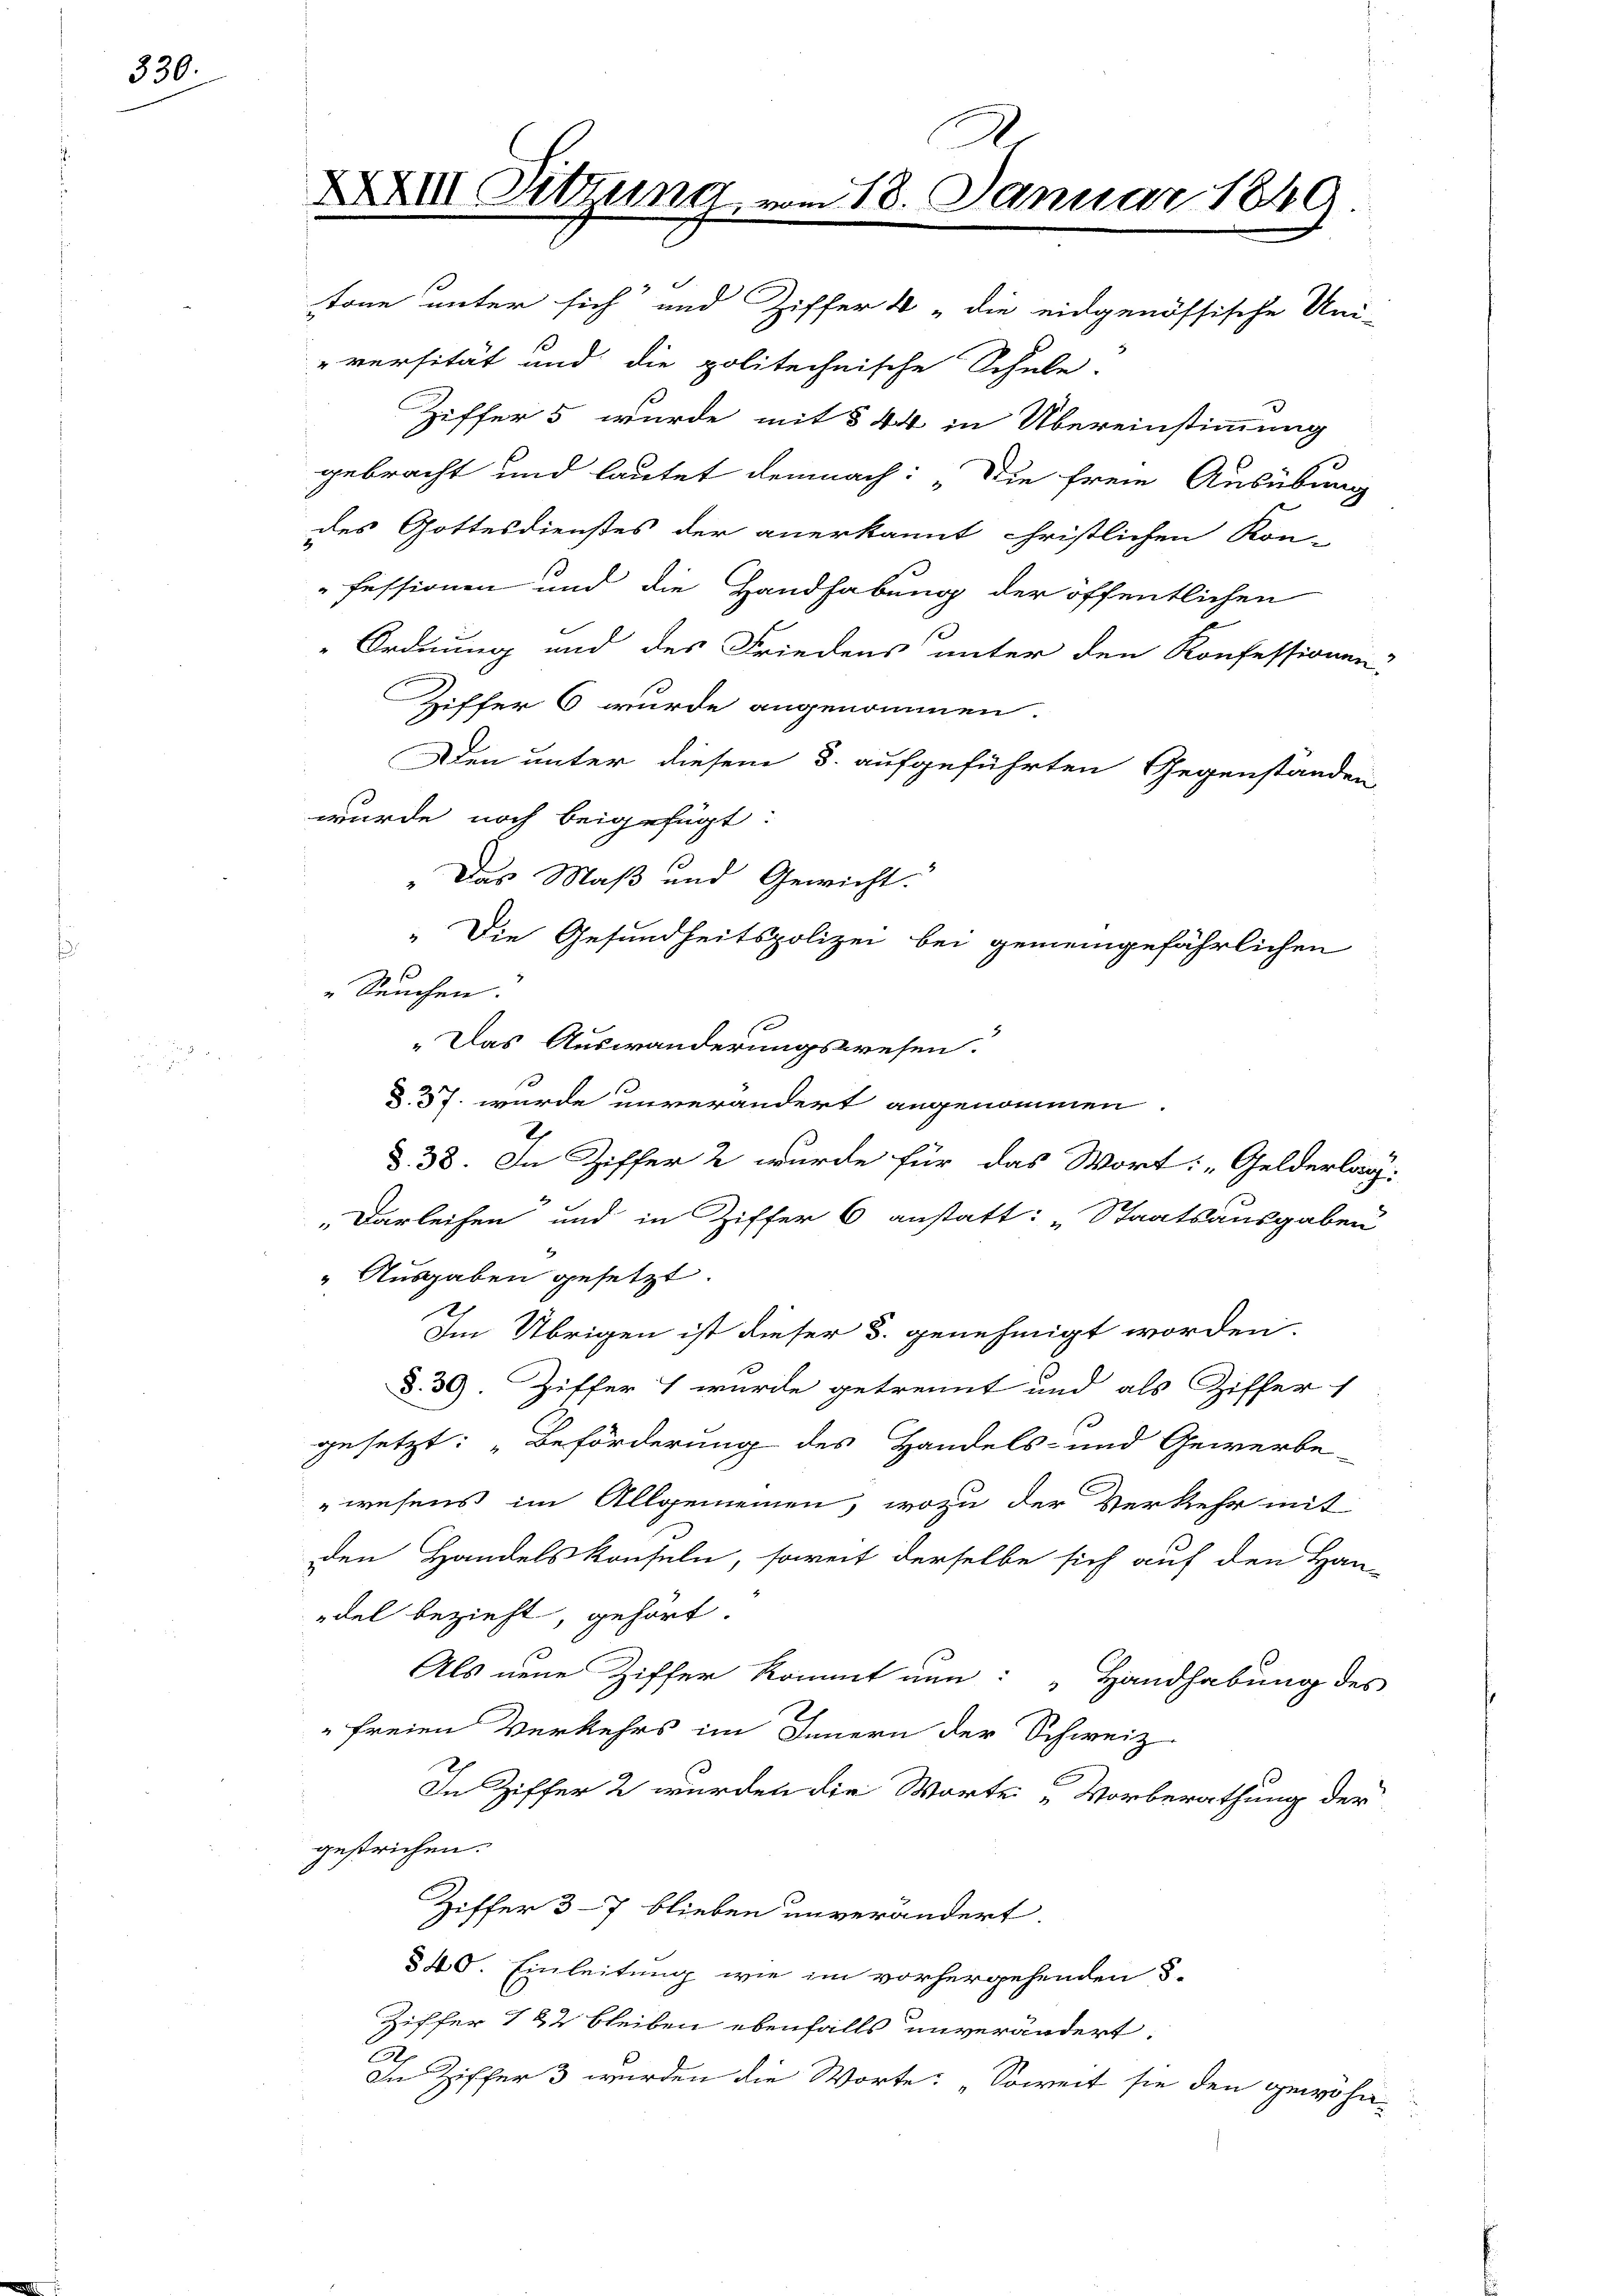
330.

XXXII Sitzung, vom 18. Januar 1849
tone unter sich und Ziffer 4 "die eidgenössische Uni-

-versität und die politechnische Schule.
Ziffer 5 wurde mit § 44 in Übereinstimmung
gebracht und lautet demnach: „Die freie Ausübung
des Gottesdienstes der anerkannt christlichen Kon-
fessionen und die Handhabung der öffentlichen
Ordnung und des Friedens unter den Konfessionen-
Ziffer 6 wurde angenommen.
Den unter diesem 3. aufgeführten Gegenständen
wurde noch beigefügt:
„Das Maß und Gewicht
„Die Gesundheitspolizei bei gemeingefährlichen
s
" Seuchen.
„Das Auswanderungswesen.
d. 57. wurde unverändert angenommen.
§. 38. In Ziffer 2 wurde für das Wort: „Gelderlor.
„Darleihen und in Ziffer 6 anstatt: „Staatsausgaben
" Ausgaben gesetzt.
2
Im Übrigen ist dieser 3. genehmigt worden.
§. 39. Ziffer 7 wurde getrennt und als Ziffer 1
gesetzt: „Beförderung des Handels- und Gewerbe-
wesens im Allgemeinen, wozu der Verkehr mit
den Handelskonseln, soweit derselbe sich auf den Han-
edel bezieht, gehört.
Als neue Ziffer kommt nun: „Handhabung des
freien Verkehrs im Innern der Schweiz
In Ziffer 2 wurden die Worte Vorberathung der
gestrichen.
Ziffer 3-7 blieben unverändert.
§40. Einleitung wie im vorhergehenden S.
Ziffer 122 bleiben ebenfalls unverändert.
2
In Ziffer 3 wurden die Worte: „Soweit sie den gewöhn-